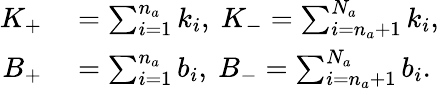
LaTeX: \begin{array}{rl}{K_{+}}&{{}=\sum_{i=1}^{n_{a}}k_{i},\mathrm{~}K_{-}=\sum_{i=n_{a}+1}^{N_{a}}k_{i},}\\ {B_{+}}&{{}=\sum_{i=1}^{n_{a}}b_{i},\mathrm{~}B_{-}=\sum_{i=n_{a}+1}^{N_{a}}b_{i}.}\end{array}